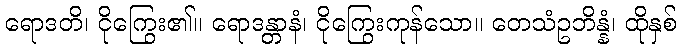
ရောဒတိ၊ ငိုကြွေး၏။ ရောဒန္တာနံ၊ ငိုကြွေးကုန်သော။ တေသံဥဘိန္နံ၊ ထိုနှစ်